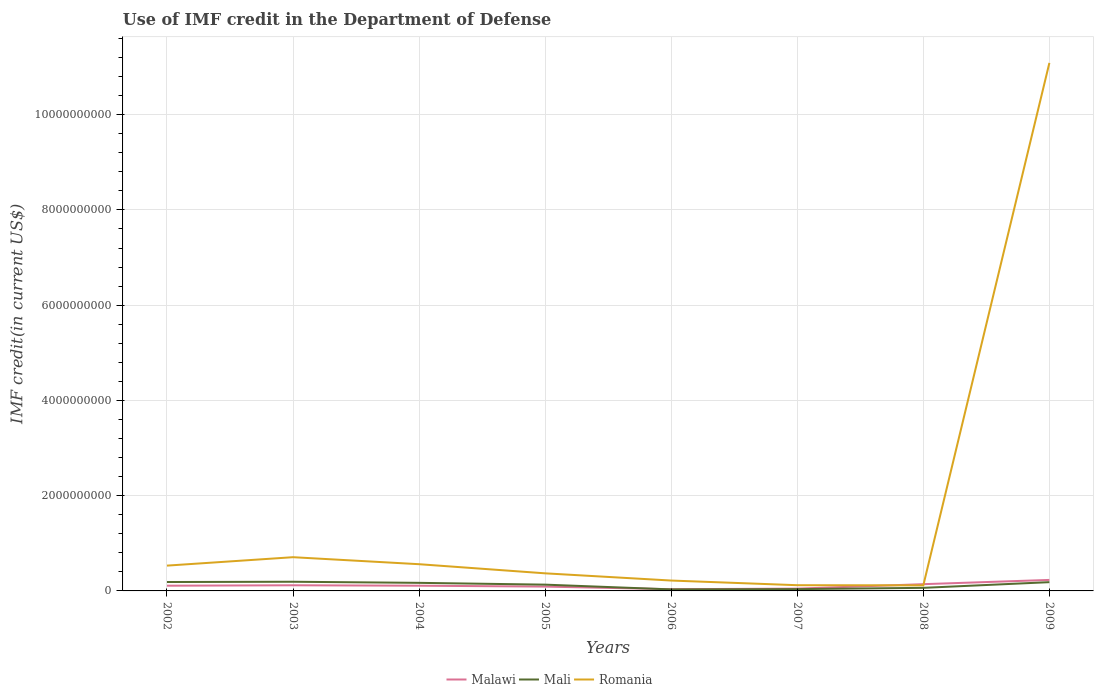
| Years | Malawi | Mali | Romania |
 | --- | --- | --- | --- |
 | 2002 | 1.09e+08 | 1.87e+08 | 5.31e+08 |
 | 2003 | 1.18e+08 | 1.92e+08 | 7.08e+08 |
 | 2004 | 1.1e+08 | 1.7e+08 | 5.61e+08 |
 | 2005 | 9.09e+07 | 1.32e+08 | 3.69e+08 |
 | 2006 | 3.6e+07 | 3.2e+07 | 2.18e+08 |
 | 2007 | 4.83e+07 | 3.78e+07 | 1.2e+08 |
 | 2008 | 1.42e+08 | 6.45e+07 | 1.17e+08 |
 | 2009 | 2.31e+08 | 1.84e+08 | 1.11e+10 |